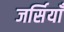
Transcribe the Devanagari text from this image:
जर्सियाँ